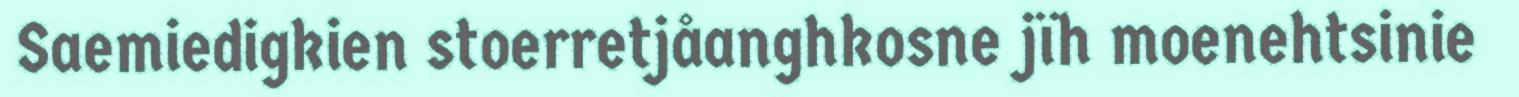
Saemiedigkien stoerretjåanghkosne jïh moenehtsinie